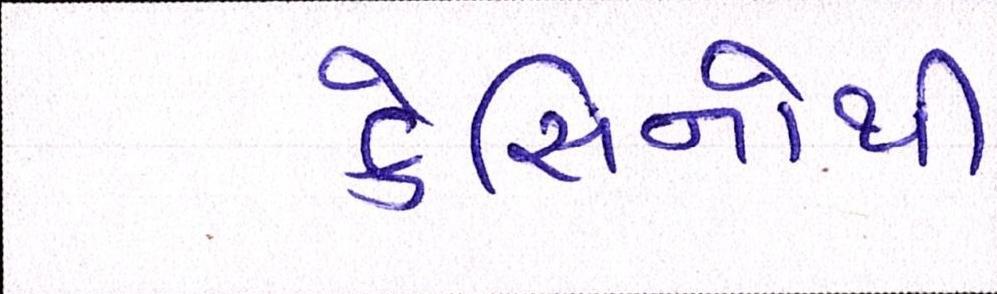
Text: કેસિનોથી